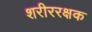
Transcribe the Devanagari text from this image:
शरीररक्षक